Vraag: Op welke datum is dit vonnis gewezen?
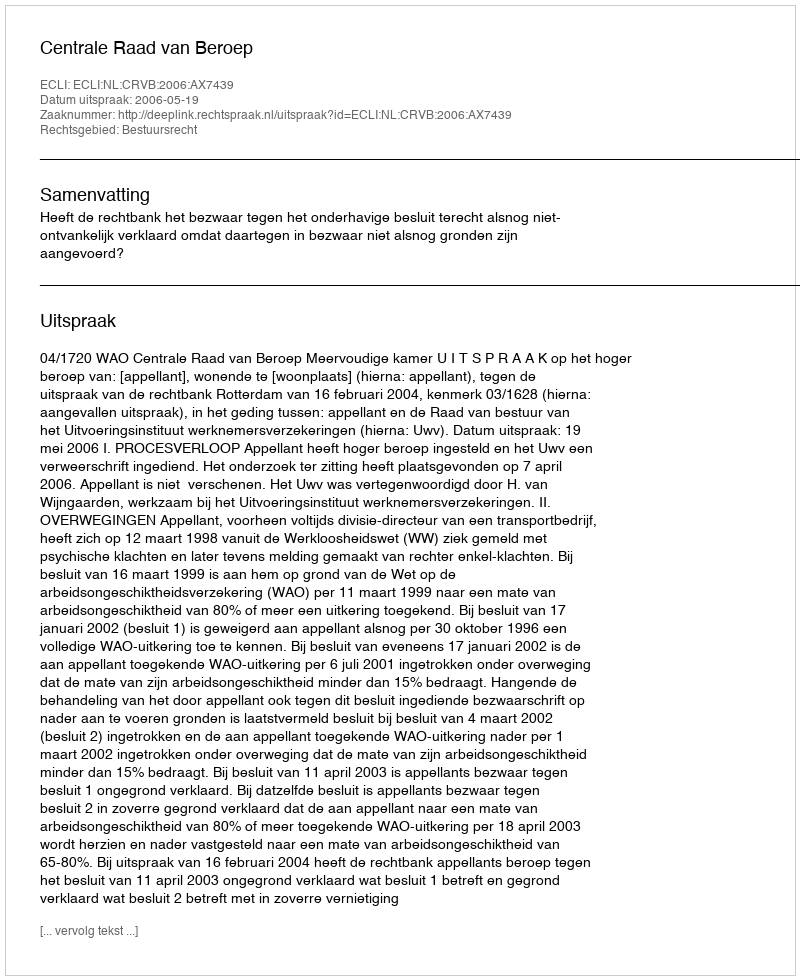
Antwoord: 2006-05-19